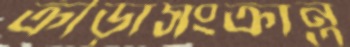
ক্রীড়াসংক্রান্ত